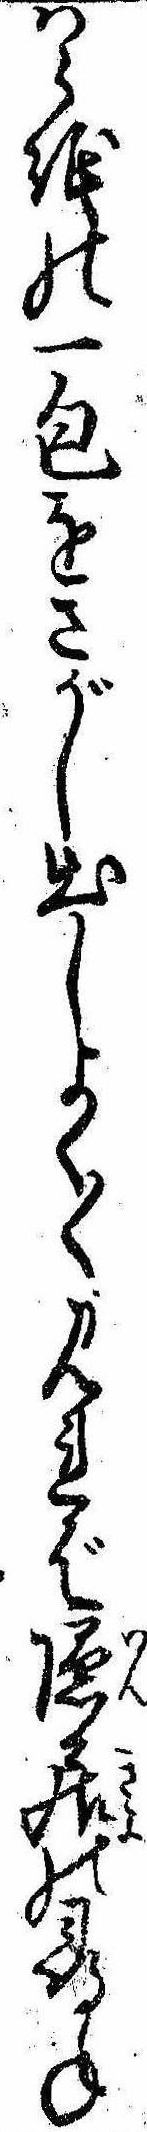
はら紙の一包をさがし出しよく〱見れば隠居の尋ね